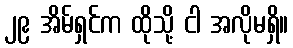
၂၉ အိမ်ရှင်က ထိုသို့ ငါ အလိုမရှိ။